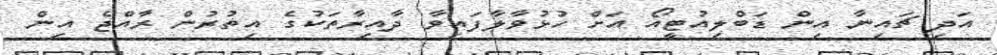
އަދި ޗައިނާ އިން ޑަބްލިއުޓީއޯ އަށް ހުޅުވާލާފައިވާ ދާއިރާތަކުގެ އިތުރުން ރާއްޖެ އިން